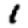
Digit: 1